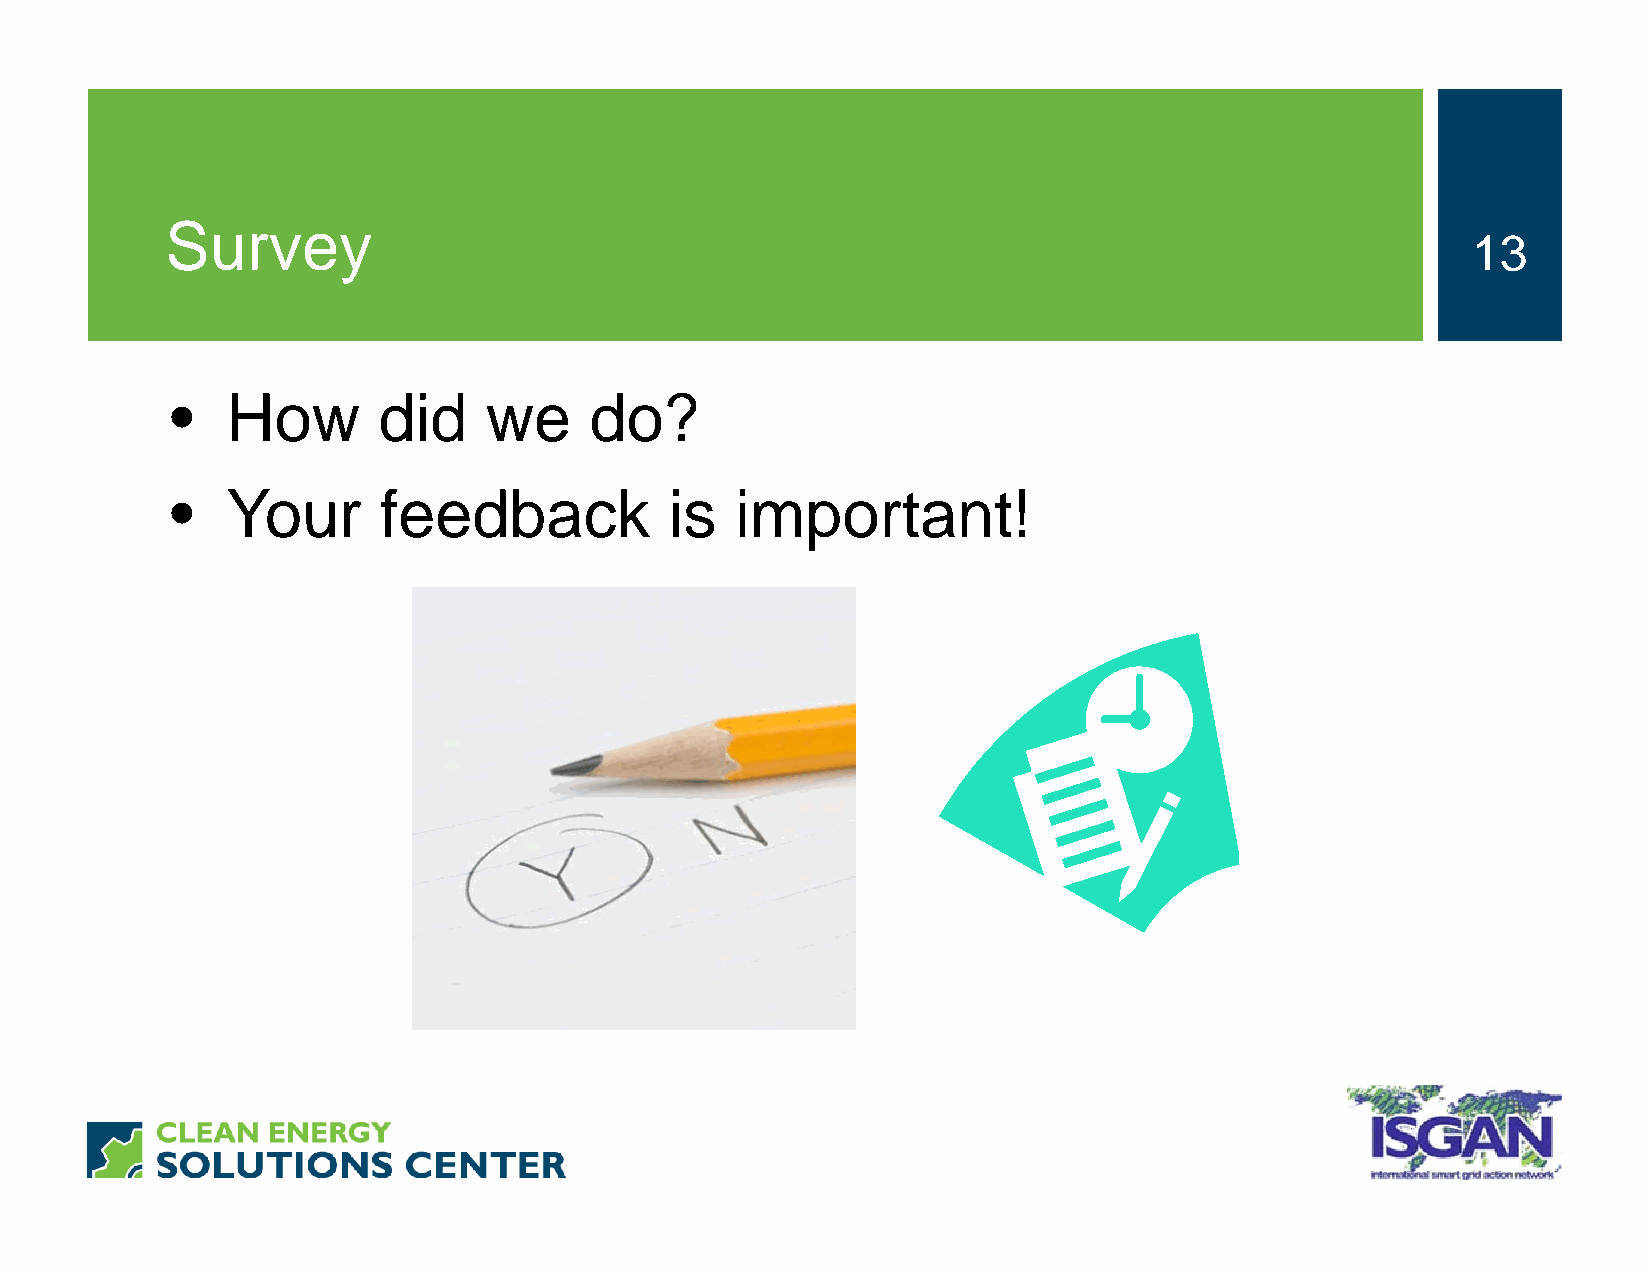
Survey
 13
 •   How       did    we     do?
 •   Your      feedback           is   important!